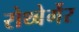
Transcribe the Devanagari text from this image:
रोथ्बेर्गेर